Vaccination in Burma 1920-1933 - 1920-1933
Year: 1920
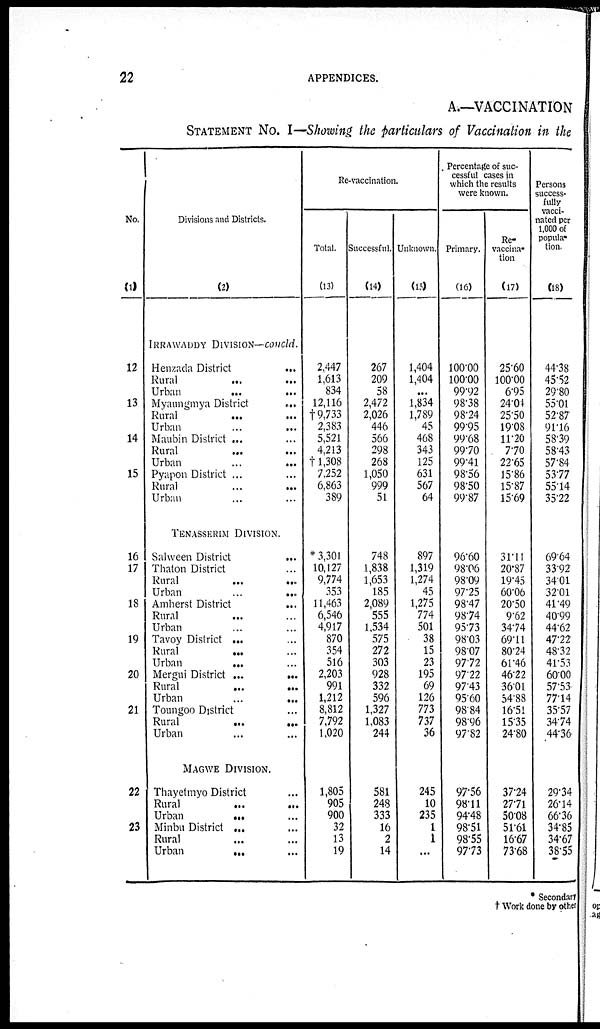
22
APPENDICES.
A.—VACCINATION
STATEMENT No. I—Showing the particulars of Vaccination in the
No.
(1)
12
13
14
15
16
17
18
19
20
21
22
23
Divisions and Districts.
(2)
IRRAWAUDY DIVISION— Concld.
Henzada District...
Rural...
...
Urban ... ...
Myaungmya District
...
Rural ... ...
Urban ... ...
Maubin District ...
Rural...
...
Urban
...
...
Pyapon District ... ...
Rural
...
...
Urban ... ...
TENASSERIM DIVISION.
Salween District
...
Thaton District ...
Rural...
...
Urban
...
...
Amherst District
...
Rural ... ...
Urban ... ...
Tavoy District ...
...
Rural... ...
Urban
... ...
Mergui District ...
...
Rural
...
...
Urban
...
...
Toungoo District ...
Rural...
...
Urban ... ...
MAGWE DIVISION.
Thayetmyo District ...
Rural
...
...
Urban
... ...
Minbu District ... ...
Rural ... ...
Urban... ...
Re-vaccination.
Total.
(13)
2,447
1,613
834
12,116
†9,733
2,383
5,521
4,213
†1,308
7,252
6,863
389
* 3,301
10,127
9,774
353
11,463
6,546
4,917
870
354
516
2,203
991
1,212
8,812
7,792
1,020
1,805
905
900
32
13
19
Successful.
(14)
267
209
58
2,472
2,026
446
566
298
268
1,050
999
51
748
1,838
1,653
185
2,089
555
1,534
575
272
303
928
332
596
1,327
1,083
244
581
248
333
16
2
14
Unknown.
(15)
1,404
1,404
...
1,834
1,789
45
468
343
125
631
567
64
897
1,319
1,274
45
1,275
774
501
38
15
23
195
69
126
773
737
36
245
10
235
1
1
...
Percentage of suc-
cessful cases in
which the results
were known.
Primary.
(16)
100.00
100.00
99.92
98.38
98.24
99.95
99.68
99.70
99.41
98.56
98.50
99.87
96.60
98.06
98.09
97.25
98.47
98.74
95.73
98.03
98.07
97.72
97.22
97.43
95.60
98.84
98.96
97.82
97.56
98.11
94.48
98.51
98.55
97.73
Re-
vaccina-
tion
(17)
25.60
100.00
6.95
24.04
25.50
19.08
11.20
7.70
22.65
15.86
15.87
15.69
31.11
20.87
19.45
60.06
20.50
9.62
34.74
69.11
80.24
61.46
46.22
36.01
54.88
16.51
15.35
24.80
37.24
27.71
50.08
51.61
16.67
73.68
Persons
success-
fully
vacci-
nated per
1,000 of
popula-
tion.
(18)
44.38
45.52
29.80
55.01
52.87
91.16
58.39
58.43
57.84
53.77
55.14
35.22
69.64
33.92
34.01
32.01
41.49
40.99
44.62
47.22
48.32
41.53
60.00
57.53
77.14
35.57
34.74
44.36
29.34
26.14
66.36
34.85
34.67
38.55
* Secondary
† Work done by other